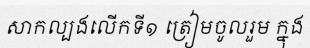
សាកល្បងលើកទី១ ត្រៀមចូលរួម ក្នុង